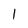
Character: 1